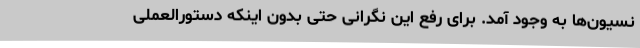
نسیون‌ها به وجود آمد. برای رفع این نگرانی حتی بدون اینکه دستورالعملی